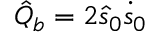
\hat { Q } _ { b } = 2 \hat { s } _ { 0 } \dot { s } _ { 0 }